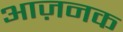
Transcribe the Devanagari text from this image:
आज़नक